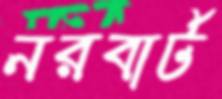
নরবার্ট